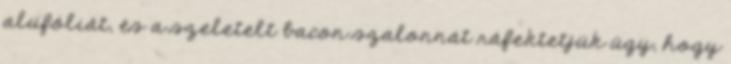
alufóliát, és a szeletelt bacon szalonnát ráfektetjük úgy, hogy